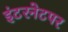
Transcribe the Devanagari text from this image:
इंटरनेटपर